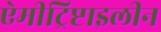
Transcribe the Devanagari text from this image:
ऐमीट्रिप्टाइलीन